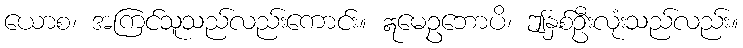
ယောစ၊ အကြင်သူသည်လည်းကောင်း။ ဣမေဥဘောပိ၊ ဤနှစ်ဦးလုံးသည်လည်း။